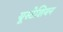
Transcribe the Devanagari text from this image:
यूस्टेशियन